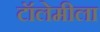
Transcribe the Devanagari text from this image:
टॉलेमीला